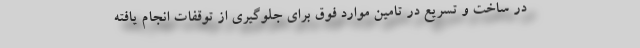
در ساخت و تسريع در تامين موارد فوق براي جلوگيري از توقفات انجام يافته